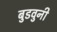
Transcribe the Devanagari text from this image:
बुडवुनी